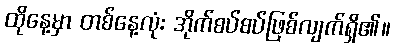
ထိုနေ့မှာ တစ်နေ့လုံး အိုက်စပ်စပ်ဖြစ်လျက်ရှိ၏။